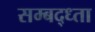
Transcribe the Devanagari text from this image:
सम्बद्ध्ता